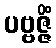
ပဗ္ဗဇ္ဇိံ